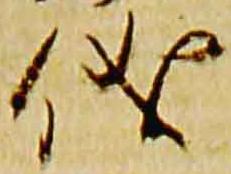
儀